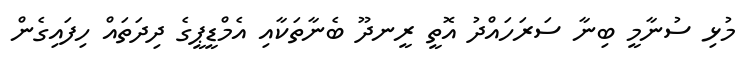
މުޅި ސުނާމީ ބިނާ ސަރަހައްދު އޮތީ ރީނދޫ ބެނާތަކާއި އެމްޑީޕީގެ ދިދަތައް ހިފައިގެން